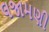
લજામણી